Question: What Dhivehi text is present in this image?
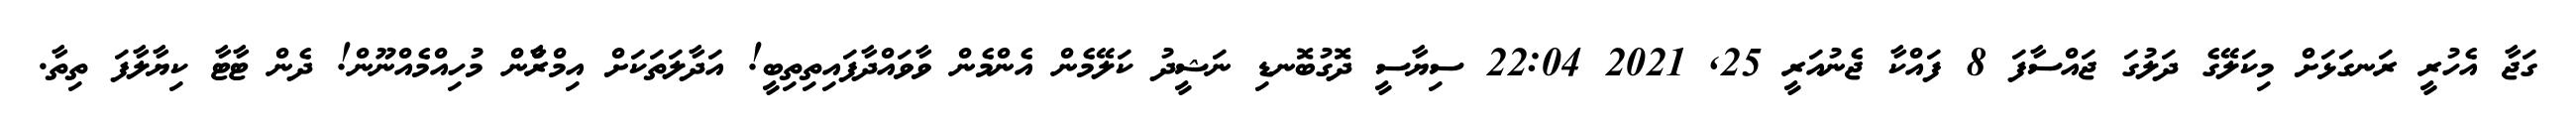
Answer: ގަޖާ އެހުރީ ރަނގަޅަށް މިކަލޭގެ ދަލުގަ ޖައްސާފަ 8 ފައްކާ ޖެނުއަރީ 25, 2021 22:04 ސިޔާސީ ދޮގުބޮނޑި ނަޝީދު ކަލޭމެން އެންމެން ވާވައްދާފައިތިތިބީ! އަދާލަތަކަށް އިމްރާްން މުހިއްމެއްނޫން! ދެން ޓާޓާ ކިޔާލާފަ ތިތާ.